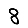
Digit: 8